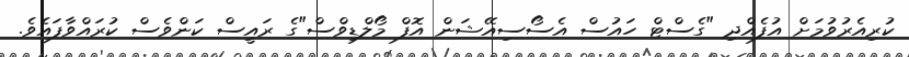
ކުރިއެރުވުމަށް އުފެއްދި "ގެސްޓް ހައުސް އެސޯސިއޭޝަން އޮފް މޯލްޑިވްސް"ގެ ރައީސް ކަންވެސް ކުރައްވާފައެވެ.